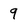
Character: 9